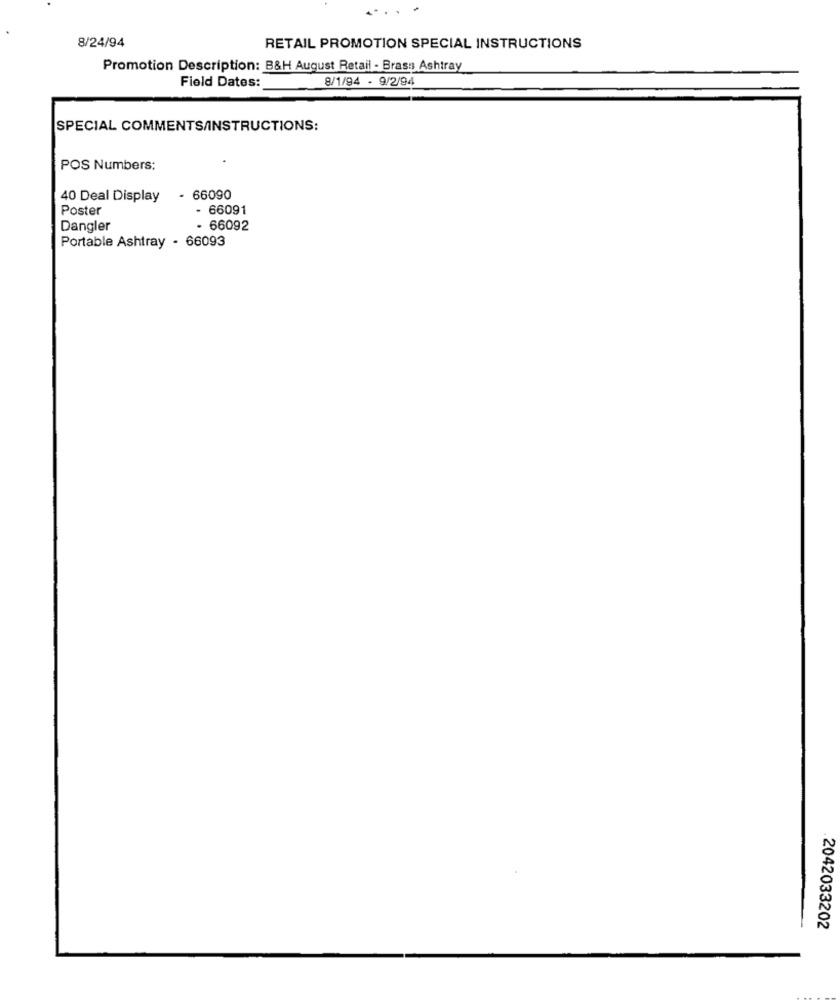
. . .
8/24/94
RETAIL PROMOTION SPECIAL INSTRUCTIONS
Promotion Description: B&H August Retail - Brass Ashtray
Field Dates:
8/1/94 - 9/2/94
SPECIAL COMMENTS/INSTRUCTIONS:
POS Numbers:
40 Deal Display
66090
Poster
- 66091
Dangler
- 66092
Portable Ashtray - 66093
2042033202